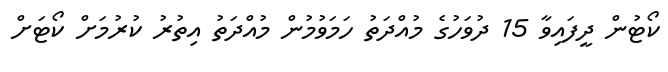
ކޯޓުން ދީފައިވާ 15 ދުވަހުގެ މުއްދަތު ހަމަވުމުން މުއްދަތު އިތުރު ކުރުމަށް ކޯޓަށް